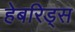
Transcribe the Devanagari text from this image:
हेबरिड्स